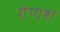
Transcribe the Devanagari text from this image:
गेणश